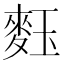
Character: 𪌞